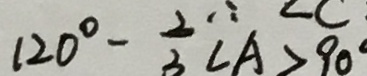
1 2 0 ^ { \circ } - \frac { 2 } { 3 } \angle A > 9 0 ^ { \circ }